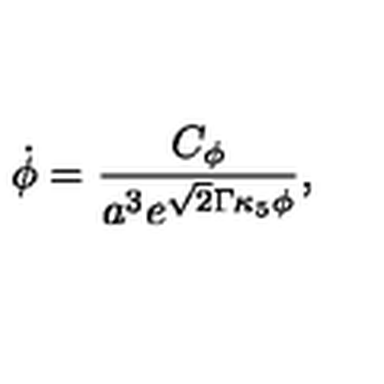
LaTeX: \dot { \phi } = { \frac { C _ { \phi } } { a ^ { 3 } e ^ { \sqrt { 2 } \Gamma \kappa _ { 5 } \phi } } } ,